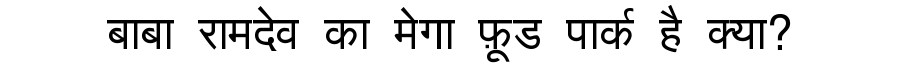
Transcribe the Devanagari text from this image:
बाबा रामदेव का मेगा फ़ूड पार्क है क्या?